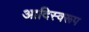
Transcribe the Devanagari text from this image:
आदिस्वरूप